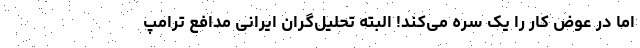
اما در عوض کار را یک سره می‌کند! البته تحلیل‌گران ایرانی مدافع ترامپ